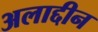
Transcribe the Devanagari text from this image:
अलाद्दीन